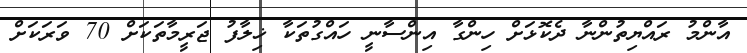
އާންމު ރައްޔިތުންނާ ދެކޮޅަށް ހިންގާ އިންސާނީ ހައްގުތަކާ ޚިލާފު ޖަރީމާތަކަށް 70 ވަރަކަށް